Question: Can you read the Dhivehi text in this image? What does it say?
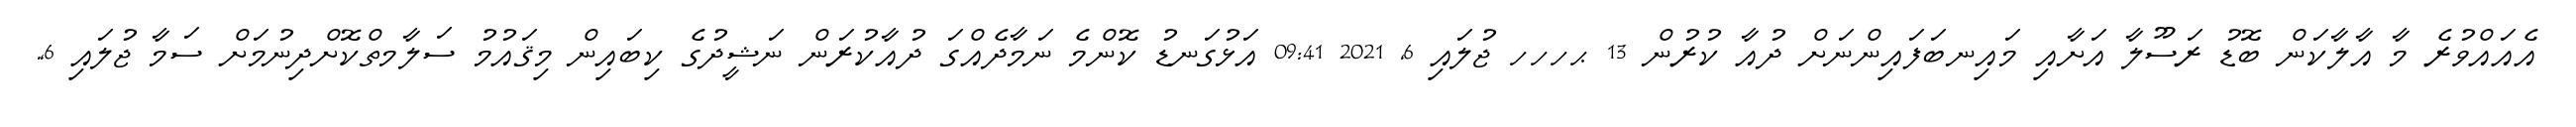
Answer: އެއައްވުރެ މާ އާލާކަން ބޮޑު ރަސޫލާ އަށާއި މައިނބަފައިންނަށް ދުއާ ކުރުން 13 ޙހހހ ޖުލައި 6, 2021 09:41 އަޅުގަނޑު ކޮންމެ ނަމާދެއްގަ ދުއާކުރަން ނަޝީދުގެ ކިބައިން މިޤައުމު ސަލާމތްކޮށްދިނުމަށް ސަމާ ޖުލައި 6,.